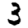
Digit: 3